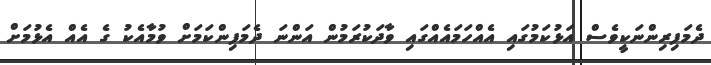
ދެމަފިރިންނަކީވެސް އަޅުކަމުގައި އެއްހަމައެއްގައި ވާދަކުރަމުން އަންނަ ދެމަފިންކަމަށް ވުމާއެކު ގެ އެއް އެޅުމަށް